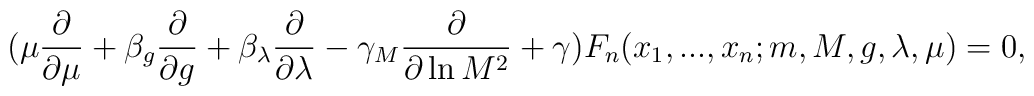
(\mu \frac{\partial}{\partial \mu}+\beta _{g}\frac{\partial}{\partial g}+\beta _{\lambda}\frac{\partial}{\partial \lambda}-\gamma _M  \frac{\partial}{\partial \ln M^2}+ \gamma )F_n(x_1,...,x_n;m,M,g,\lambda ,\mu)=0,